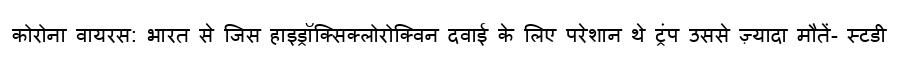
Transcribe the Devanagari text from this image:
कोरोना वायरस: भारत से जिस हाइड्रॉक्सिक्लोरोक्विन दवाई के लिए परेशान थे ट्रंप उससे ज़्यादा मौतें- स्टडी